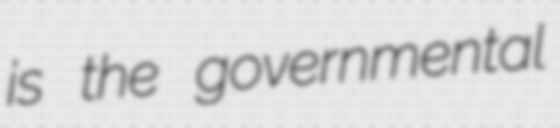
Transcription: is the governmental